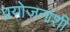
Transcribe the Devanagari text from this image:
प्रयोजनांशी